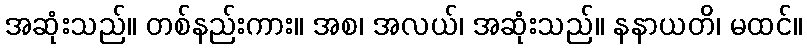
အဆုံးသည်။ တစ်နည်းကား။ အစ၊ အလယ်၊ အဆုံးသည်။ နနာယတိ၊ မထင်။